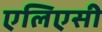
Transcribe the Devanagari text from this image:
एलिएसी